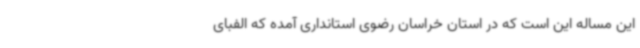
این مساله این است که در استان خراسان رضوی استانداری آمده که الفبای